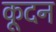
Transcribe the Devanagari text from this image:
कूदन